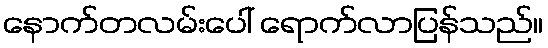
နောက်တလမ်းပေါ် ရောက်လာပြန်သည်။